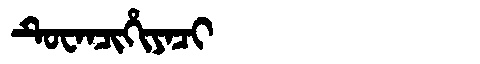
Manchu: ᡨᡠᠸᠠᠨᠴᡳᡥᡳᠶᠠᠴᡳ
Romanization: TUWANCIHIYACI